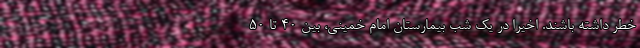
خطر داشته باشند. اخیرا در یک شب بیمارستان امام خمینی، بین ۴۰ تا ۵۰